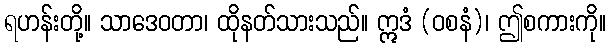
ရဟန်းတို့။ သာဒေဝတာ၊ ထိုနတ်သားသည်။ ဣဒံ (ဝစနံ)၊ ဤစကားကို။